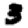
Digit: 3